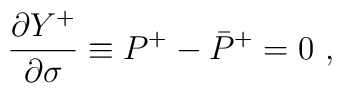
\frac{\partial Y^+}{\partial \sigma} \equiv  P^+ -  \bar{P}^+ = 0~,